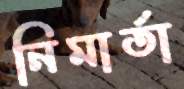
নিমার্তা